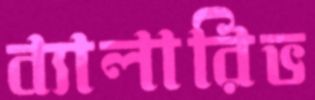
ব্যালারিভ